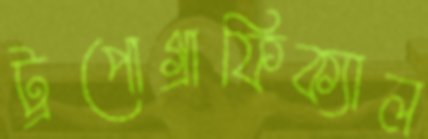
ট্রপোগ্রাফিক্যাল